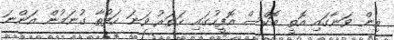
ތިން ވަނާގައި އޮތީ ބޮކްސް އޮފީހުގައި ހަތަރު ވަނަ ހަފުތާ ގުނަމުން އަންނަ